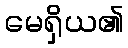
မေရှိယ၏